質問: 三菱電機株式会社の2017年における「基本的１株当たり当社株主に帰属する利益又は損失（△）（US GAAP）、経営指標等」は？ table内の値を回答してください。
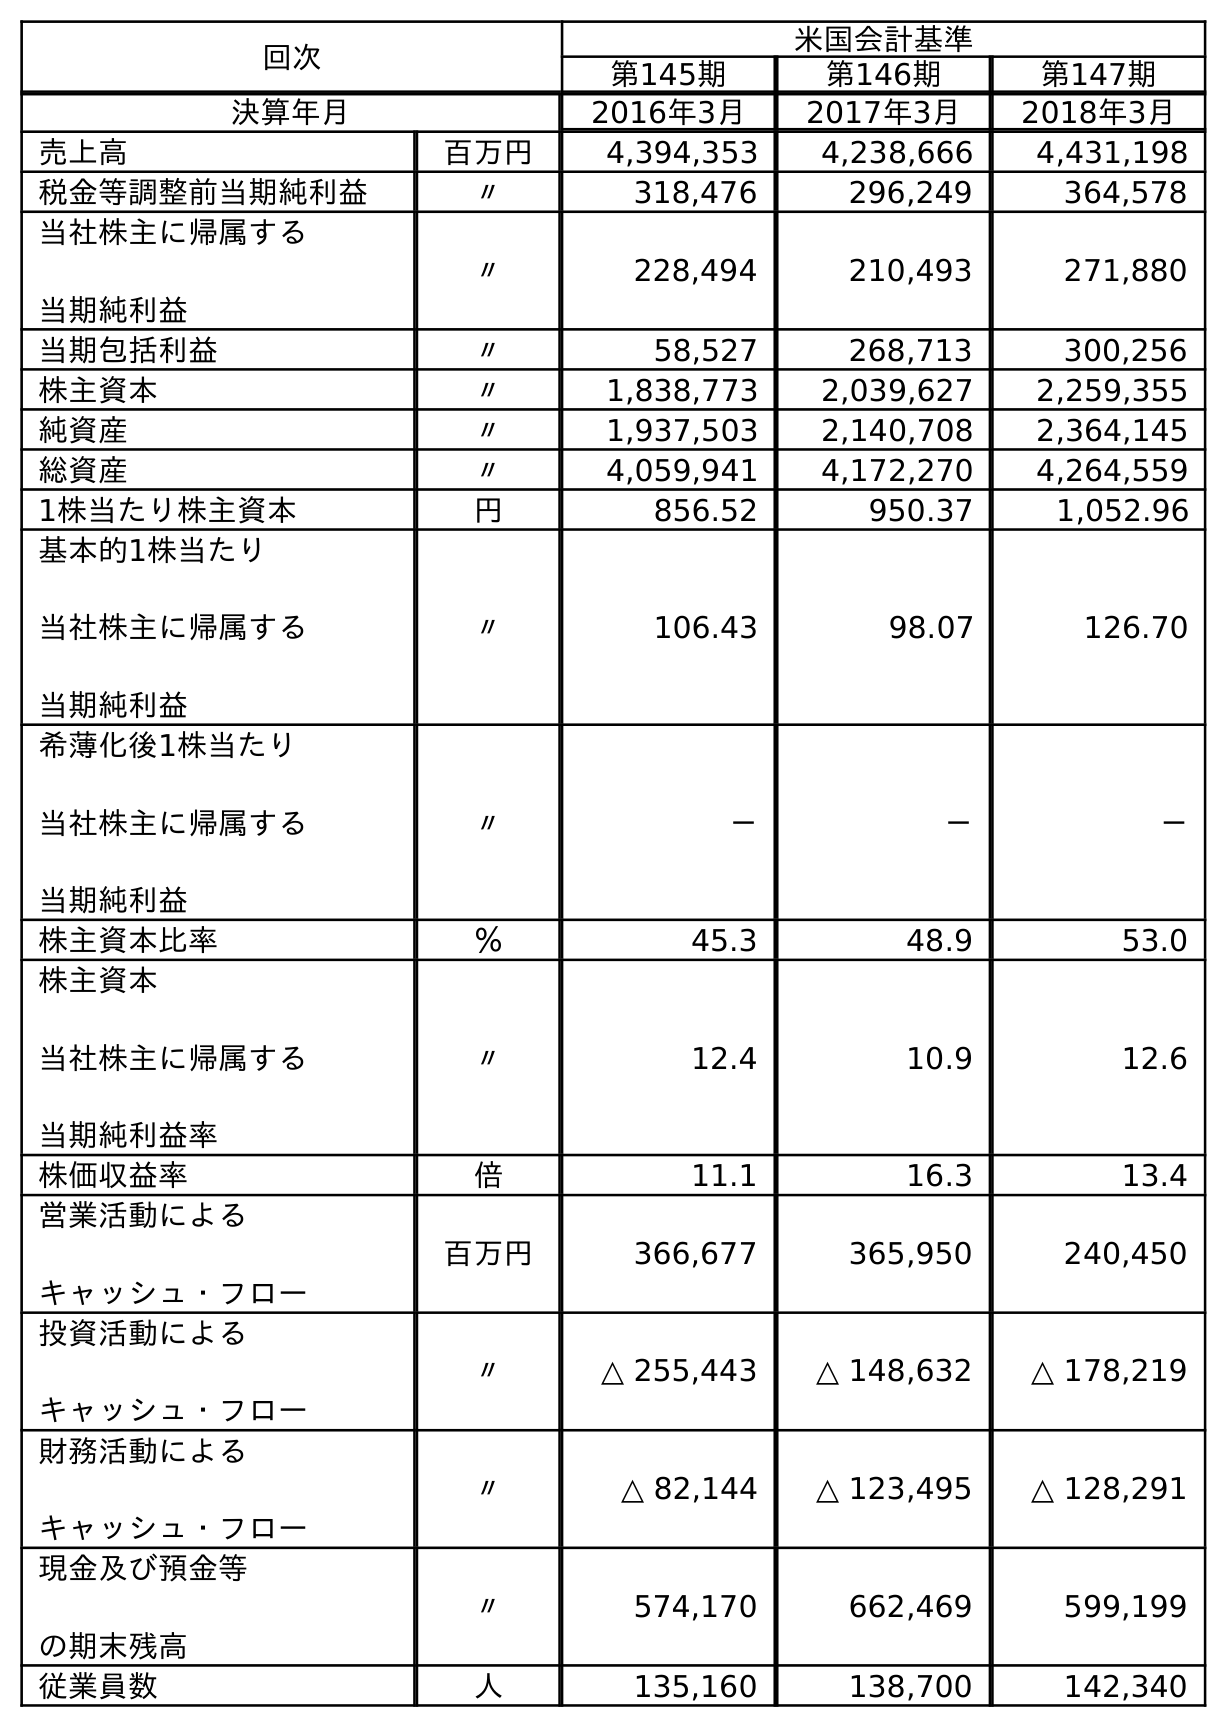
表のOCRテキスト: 回次 米国会計基準 第145期 第146期 第147期 決算年月 2016年3月 2017年3月 2018年3月 売上高 百万円 4,394,353 4,238,666 4,431,198 税金等調整前当期純利益 〃 318,476 296,249 364,578 当社株主に帰属する 当期純利益 〃 228,494 210,493 271,880 当期包括利益 〃 58,527 268,713 300,256 株主資本 〃 1,838,773 2,039,627 2,259,355 純資産 〃 1,937,503 2,140,708 2,364,145 総資産 〃 4,059,941 4,172,270 4,264,559 1株当たり株主資本 円 856.52 950.37 1,052.96 基本的1株当たり 当社株主に帰属する 当期純利益 〃 106.43 98.07 126.70 希薄化後1株当たり 当社株主に帰属する 当期純利益 〃 － － － 株主資本比率 ％ 45.3 48.9 53.0 株主資本 当社株主に帰属する 当期純利益率 〃 12.4 10.9 12.6 株価収益率 倍 11.1 16.3 13.4 営業活動による キャッシュ・フロー 百万円 366,677 365,950 240,450 投資活動による キャッシュ・フロー 〃 △ 255,443 △ 148,632 △ 178,219 財務活動による キャッシュ・フロー 〃 △ 82,144 △ 123,495 △ 128,291 現金及び預金等 の期末残高 〃 574,170 662,469 599,199 従業員数 人 135,160 138,700 142,340
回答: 98.07